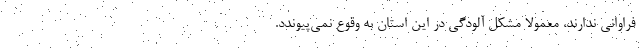
فراوانی ندارند، معمولا مشکل آلودگی در این استان به وقوع نمی‌پیوندد.